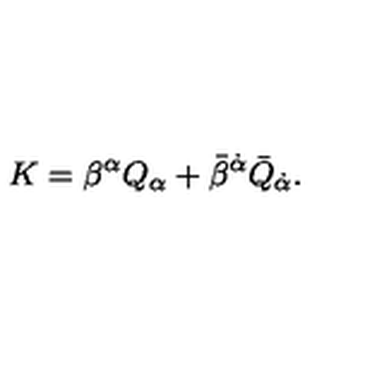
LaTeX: K = \beta ^ { \alpha } Q _ { \alpha } + \bar { \beta } ^ { \dot { \alpha } } \bar { Q } _ { \dot { \alpha } } .